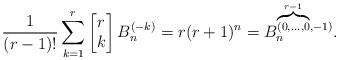
LaTeX: \begin{align*}\dfrac{1}{(r-1)!} \displaystyle \sum_{k=1}^{r}\begin{bmatrix}r\\k\end{bmatrix}B_n^{(-k)}&=r(r+1)^n=B_n^{\overbrace {\scriptstyle{(0,\ldots,0}}^{r-1},-1)}.\end{align*}